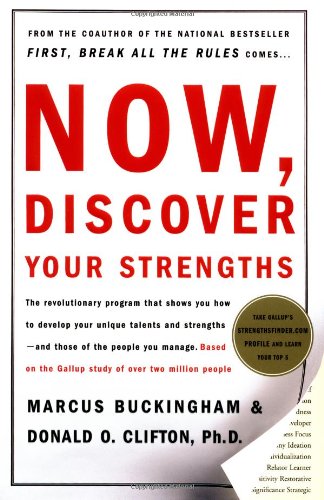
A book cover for Now, Discover Your Strengths; Marcus Buckingham; Self-Help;